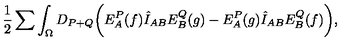
{ \frac { 1 } { 2 } } \sum \int _ { \Omega } D _ { P + Q } \biggl ( E _ { A } ^ { P } ( f ) \hat { I } _ { A B } E _ { B } ^ { Q } ( g ) - E _ { A } ^ { P } ( g ) \hat { I } _ { A B } E _ { B } ^ { Q } ( f ) \biggr ) ,